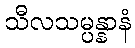
သီလသမ္ပန္နာနံ